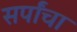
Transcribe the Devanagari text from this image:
सर्पांचा